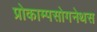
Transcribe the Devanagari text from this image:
प्रोकाम्‍पसोगनेथस